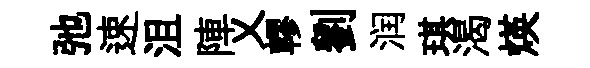
弛速沮陣乂轇劉润琪渴煐